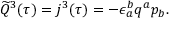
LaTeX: \widetilde Q ^ { 3 } ( \tau ) = j ^ { 3 } ( \tau ) = - \epsilon _ { a } ^ { b } q ^ { a } p _ { b } .